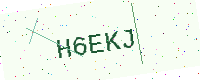
Text: H6EKJ